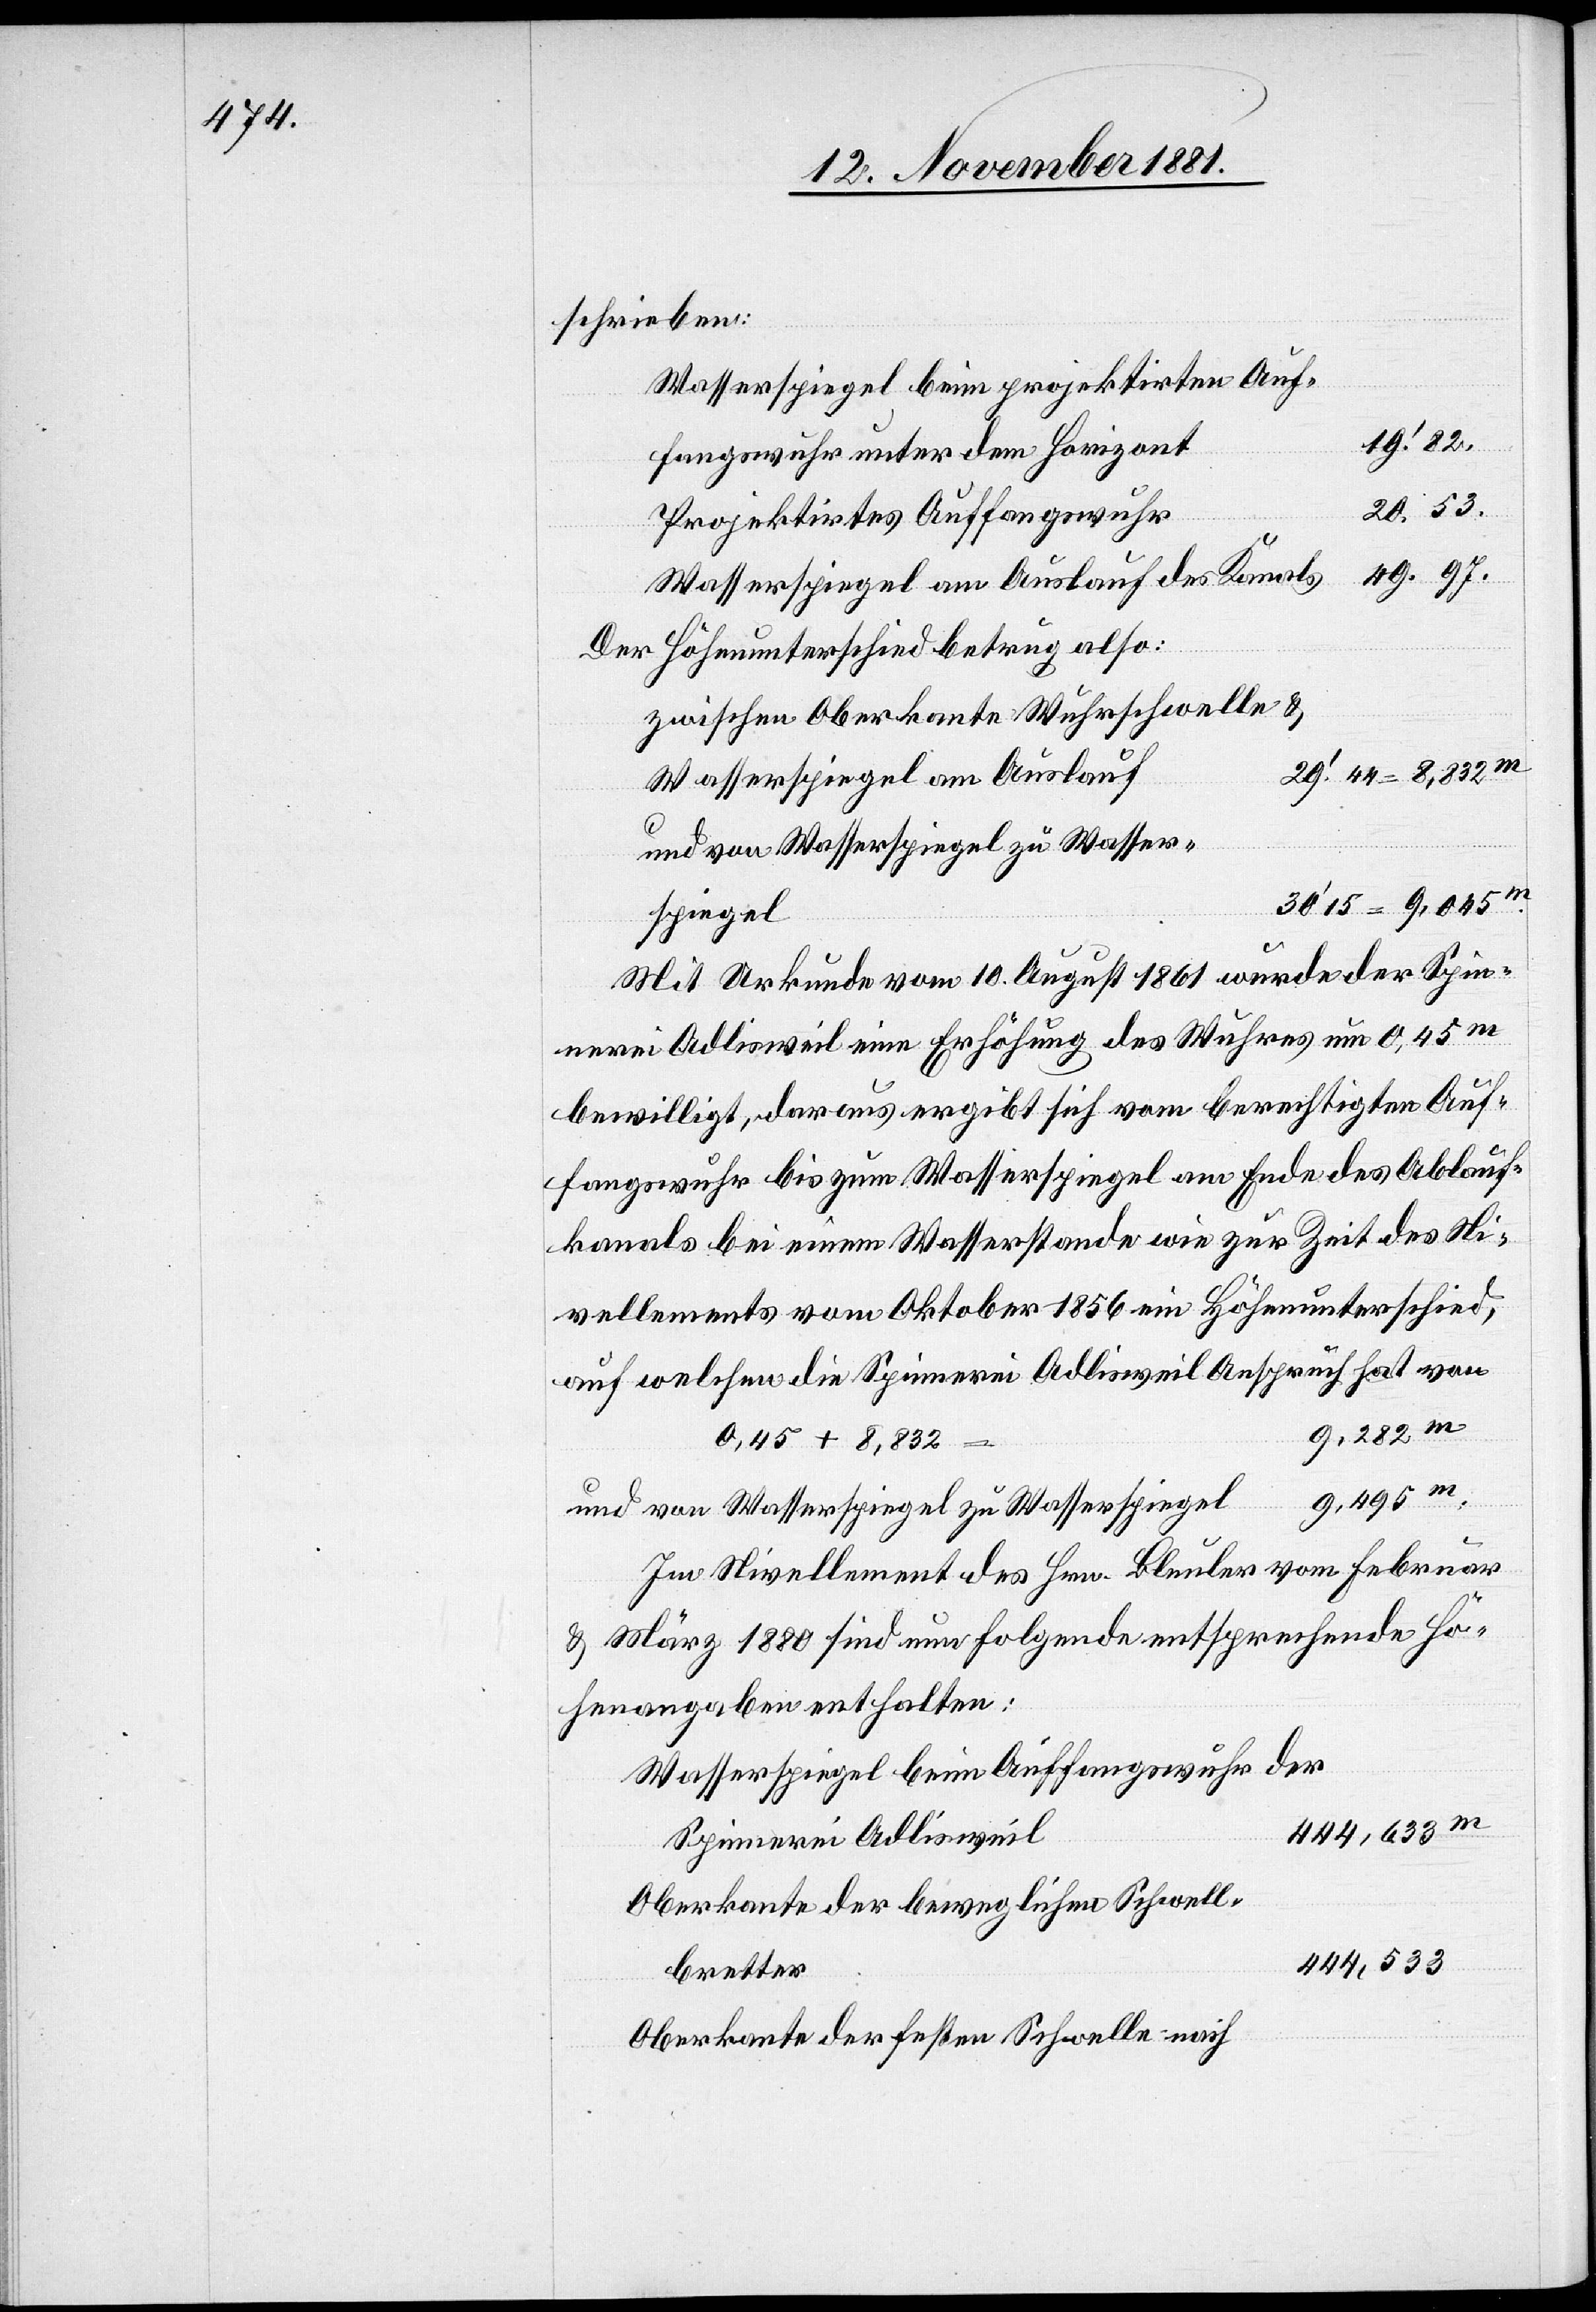
schrieben:
Wasserspiegel beim projektirten Auf¬
t	19.‘ 82.
fangswuhr unter dem Horizon¬
des
Projektirtes Auffangswuh¬
Der Höhenunterschied betrug also:
zwischen Oberkante Wuhrschwelle &
Wasserspiegel am Auslau¬
Mit Urkunden vom 10. August 1861 wurde der Spin¬
nerei Adlisweil eine Erhöhung des Wuhres um 0,45m
bewilligt, daraus ergibt sich vom berechtigten Auf¬
fangswuhr bis zum Wasserspiegel am Ende des Ablauf¬
kanals bei einem Wasserstande wie zur Zeit des Ni¬
vellements vom Oktober 1856 ein Höhenunterschied,
auf welchen die Spinnerei Adlisweil Anspruch hat von
0,45 + 8,832
r						444,533
l	9,495m
und von Wasserspiegel zu Wasserspiege¬
Im Nivellement des Hrn. Bleuler vom Februar
& März 1880 sind nun folgende entsprechende Hö¬
henangaben enthalten:
Wasserspiegel beim Auffangswuhr der
l		444,633m
Spinnerei Adliswei¬
Oberkante der beweglichen Schwell¬
53.
brette¬
Oberkante der festen Schwellbretter nach